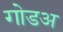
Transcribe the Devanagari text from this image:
गोडअ